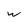
Character: w